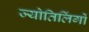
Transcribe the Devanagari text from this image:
ज्योतिलिंगों